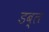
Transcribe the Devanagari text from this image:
डब्ल